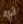
لو